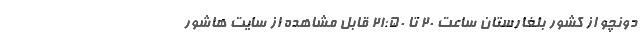
دونچو از کشور بلغارستان ساعت ۲۰ تا ۲۱:۵۰ قابل مشاهده از سایت هاشور